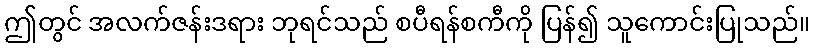
ဤတွင် အလက်ဇန်းဒရား ဘုရင်သည် စပီရန်စကီကို ပြန်၍ သူကောင်းပြုသည်။